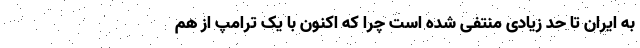
به ایران تا حد زیادی منتفی شده است چرا که اکنون با یک ترامپ از هم